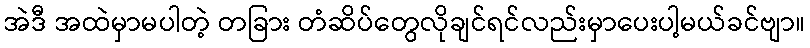
အဲဒီ အထဲမှာမပါတဲ့ တခြား တံဆိပ်တွေလိုချင်ရင်လည်းမှာပေးပါ့မယ်ခင်ဗျာ။